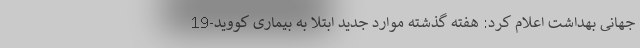
جهانی بهداشت اعلام کرد: هفته گذشته موارد جدید ابتلا به بیماری کووید-19